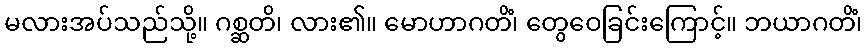
မလားအပ်သည်သို့။ ဂစ္ဆတိ၊ လား၏။ မောဟာဂတိံ၊ တွေဝေခြင်းကြောင့်။ ဘယာဂတိံ၊